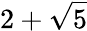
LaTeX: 2+{\sqrt{5}}